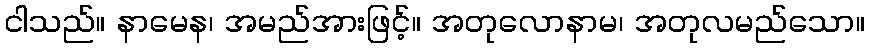
ငါသည်။ နာမေန၊ အမည်အားဖြင့်။ အတုလောနာမ၊ အတုလမည်သော။